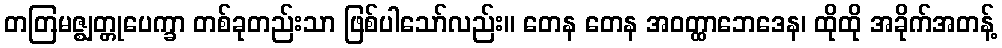
တတြမဇ္ဈတ္တုပေက္ခာ တစ်ခုတည်းသာ ဖြစ်ပါသော်လည်း။ တေန တေန အဝတ္ထာဘေဒေန၊ ထိုထို အခိုက်အတန့်